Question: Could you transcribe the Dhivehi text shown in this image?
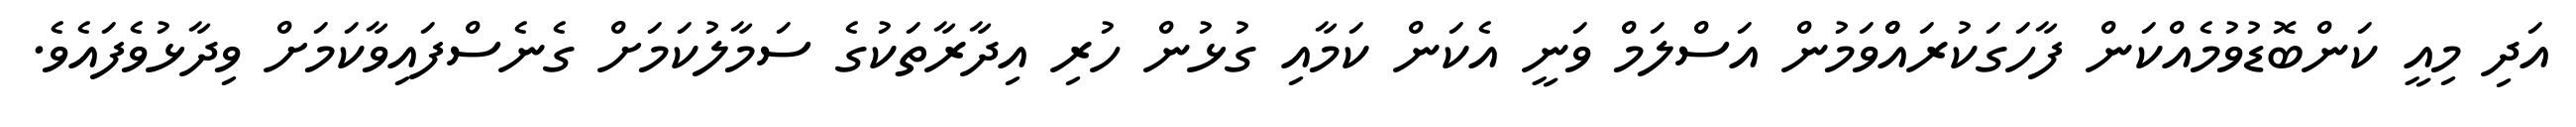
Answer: އަދި މިއީ ކަންބޮޑުވުމެއްކަން ފާހަގަކުރައްްވަމުން އަސްލަމް ވަނީ އެކަން ކަމާއި ގުޅުން ހުރި އިދާރާތަކުގެ ސަމާލުކަމަށް ގެނެސްފައިވާކަމަށް ވިދާޅުވެފައެވެ.